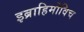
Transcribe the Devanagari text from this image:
इब्राहिमोविच